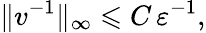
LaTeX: \| v^{-1}\| _{\infty}\leqslant C\, \varepsilon^{-1},